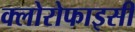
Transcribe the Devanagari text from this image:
क्लोरोफाइसी